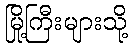
မြို့ကြီးများသို့